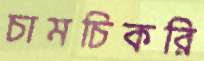
চামচিকরি